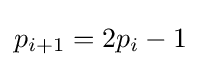
p_{i+1}=2p_{i}-1